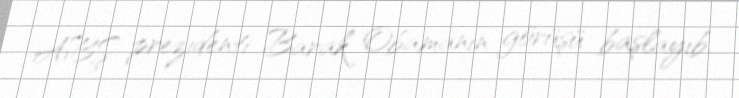
ABŞ prezidenti Barak Obamanın görüşü başlayıb.